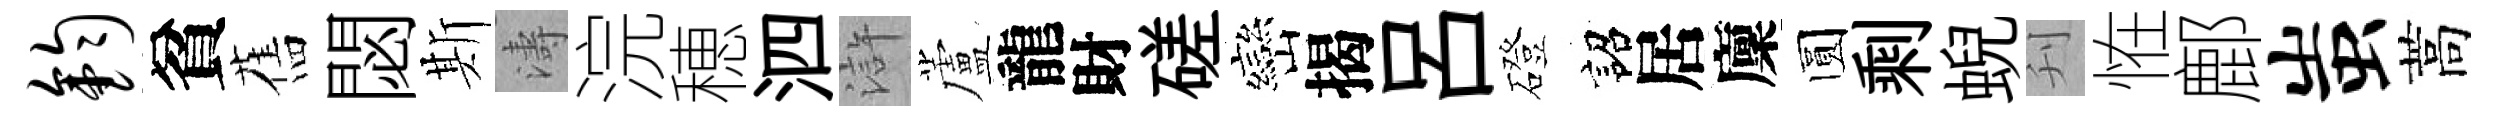
钧貧舊閟斯濤浣穂泗滸蘆龍財磋巒揭呂磴詔居廩圆剩蜺刋恠鄜蚩蒿